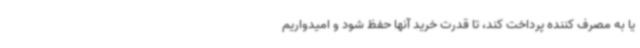
یا به مصرف کننده پرداخت کند، تا قدرت خرید آنها حفظ شود و امیدواریم